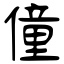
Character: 僮